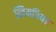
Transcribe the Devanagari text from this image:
स्विमवियर